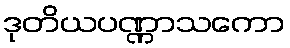
ဒုတိယပဏ္ဏာသကော